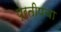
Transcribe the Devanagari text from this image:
प्रतीपचा